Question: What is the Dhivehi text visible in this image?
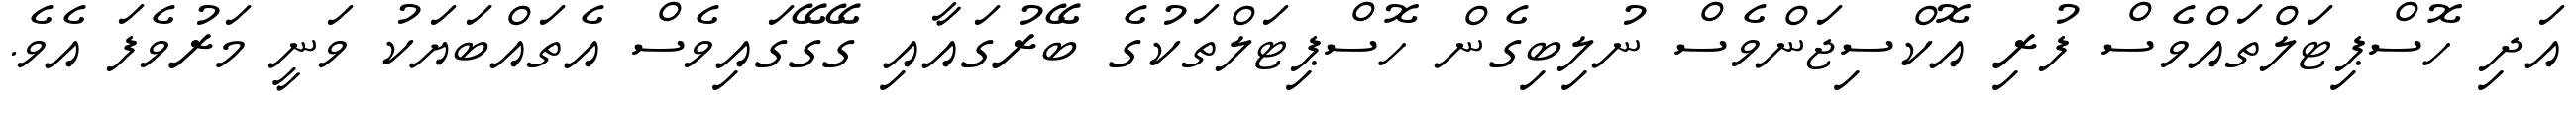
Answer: އަދި ހޮސްޕިޓަލްތައްވެސް ފުރި އޮކްސިޖަންވެސް ނުލިބިގެން ހޮސްޕިޓަލްތަކުގެ ބޭރުގައާއި ގޭގޭގައިވެސް އެތައްބަޔަކު ވަނީ މަރުވެފަ އެވެ.